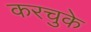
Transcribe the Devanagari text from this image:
करचुके